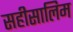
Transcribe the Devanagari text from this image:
सहीसालिम